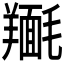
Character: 𮊴